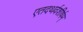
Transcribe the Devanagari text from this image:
एतदथर्वशीर्षम्‌